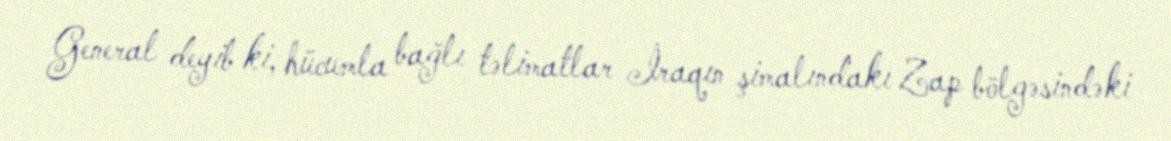
General deyib ki, hücumla bağlı təlimatlar İraqın şimalındakı Zap bölgəsindəki